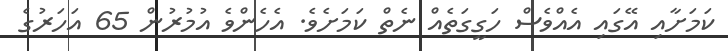
ކަމަށާއި އޭގައި އެއްވެސް ހަގީގަތެއް ނެތް ކަމަށެވެ. އެހެންވެ އުމުރުން 65 އަހަރުގެ